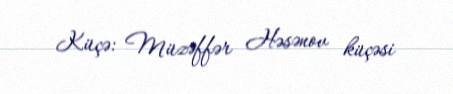
Küçə: Müzəffər Həsənov küçəsi